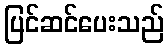
ပြင်ဆင်ပေးသည်